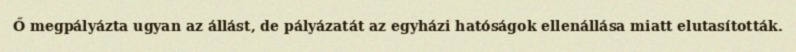
Ő megpályázta ugyan az állást, de pályázatát az egyházi hatóságok ellenállása miatt elutasították.